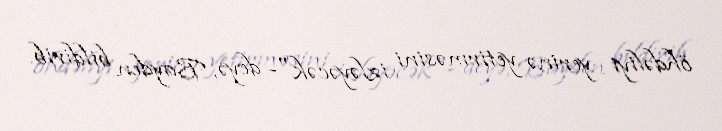
öhdəliyi yerinə yetirməsini izləyəcək"- deyə, Bayden bildirib.